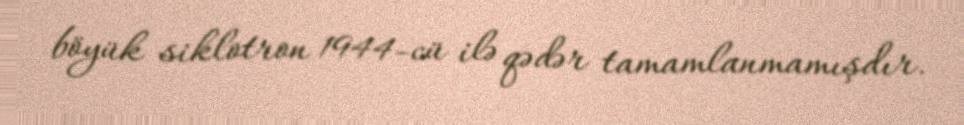
böyük siklotron 1944-cü ilə qədər tamamlanmamışdır.